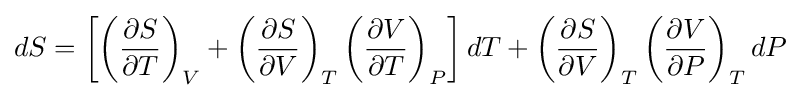
dS=\left[\left({\frac {\partial S}{\partial T}}\right)_{V}+\left({\frac {\partial S}{\partial V}}\right)_{T}\left({\frac {\partial V}{\partial T}}\right)_{P}\right]dT+\left({\frac {\partial S}{\partial V}}\right)_{T}\left({\frac {\partial V}{\partial P}}\right)_{T}dP